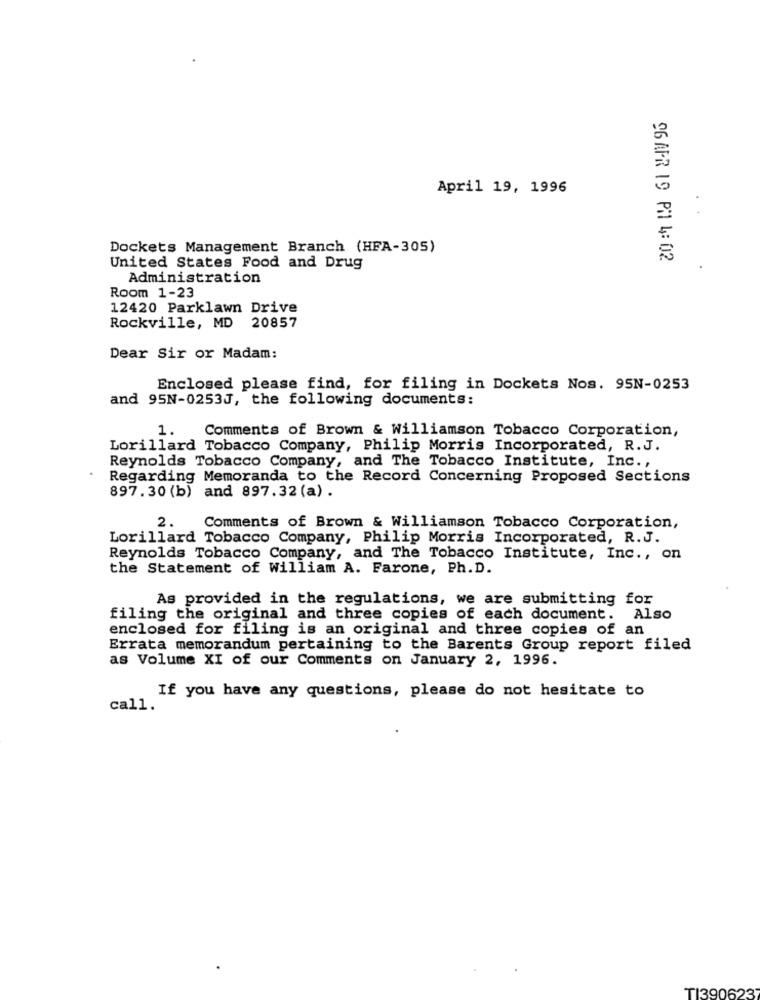
April 19, 1996
Dockets Management Branch (HFA-305)
96 APR 19 PM 4: 02
United States Food and Drug
Administration
Room 1-23
12420 Parklawn Drive
Rockville, MD 20857
Dear Sir or Madam:
Enclosed please find, for filing in Dockets Nos. 95N-0253
and 95N-0253J, the following documents:
1.
Comments of Brown & Williamson Tobacco Corporation,
Lorillard Tobacco Company, Philip Morris Incorporated, R.J.
Reynolds Tobacco Company, and The Tobacco Institute, Inc .,
Regarding Memoranda to the Record Concerning Proposed Sections
897.30 (b) and 897.32 (a) .
2.
Comments of Brown & Williamson Tobacco Corporation,
Lorillard Tobacco Company, Philip Morris Incorporated, R.J.
Reynolds Tobacco Company, and The Tobacco Institute, Inc ., on
the Statement of William A. Farone, Ph.D.
As provided in the regulations, we are submitting for
filing the original and three copies of each document. Also
enclosed for filing is an original and three copies of an
Errata memorandum pertaining to the Barents Group report filed
as Volume XI of our Comments on January 2, 1996.
If you have any questions, please do not hesitate to
call.
TI390623